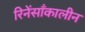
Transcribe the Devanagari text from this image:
रिनेंसाँकालीन